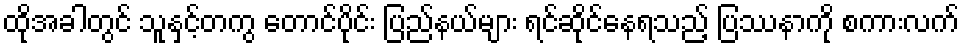
ထိုအခါတွင် သူနှင့်တကွ တောင်ပိုင်း ပြည်နယ်များ ရင်ဆိုင်နေရသည့် ပြဿနာကို စကားလက်